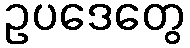
ဥပဒေတွေ